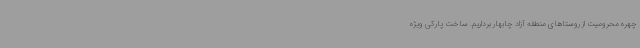
چهره محرومیت از روستاهای منطقه آزاد چابهار برداریم. ساخت پارکی ویژه